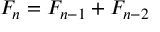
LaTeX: F _ { n } = F _ { n - 1 } + F _ { n - 2 }